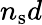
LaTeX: n_{\mathrm{s}}d